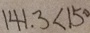
1 4 1 . 3 < 1 5 0